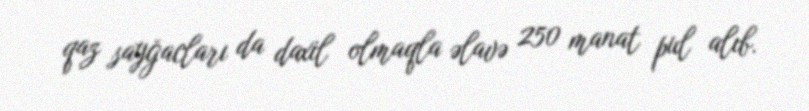
qaz sayğacları da daxil olmaqla əlavə 250 manat pul alıb.